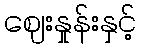
ဈေးနှုန်းနှင့်